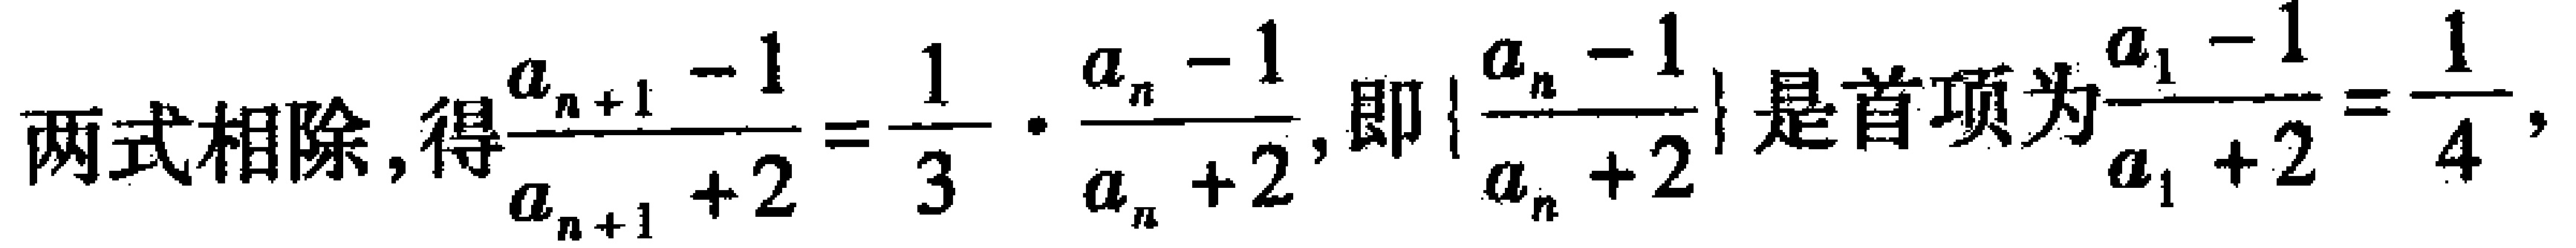
两式相除,得$\frac{a_{n + 1} - 1}{a_{n + 1} + 2} = \frac{1}{3} \cdot \frac{a_{n} - 1}{a_{n} + 2}$,即$\{\frac{a_{n} - 1}{a_{n} + 2}\}$是首项为$\frac{a_{1} - 1}{a_{1} + 2} = \frac{1}{4}$,